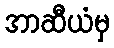
အာဆီယံမှ